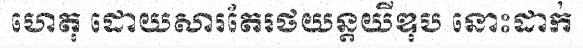
ហេតុ ដោយសារតែរថយន្តយីឌុប នោះដាក់